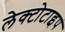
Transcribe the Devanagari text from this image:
लेक्टोटाइप